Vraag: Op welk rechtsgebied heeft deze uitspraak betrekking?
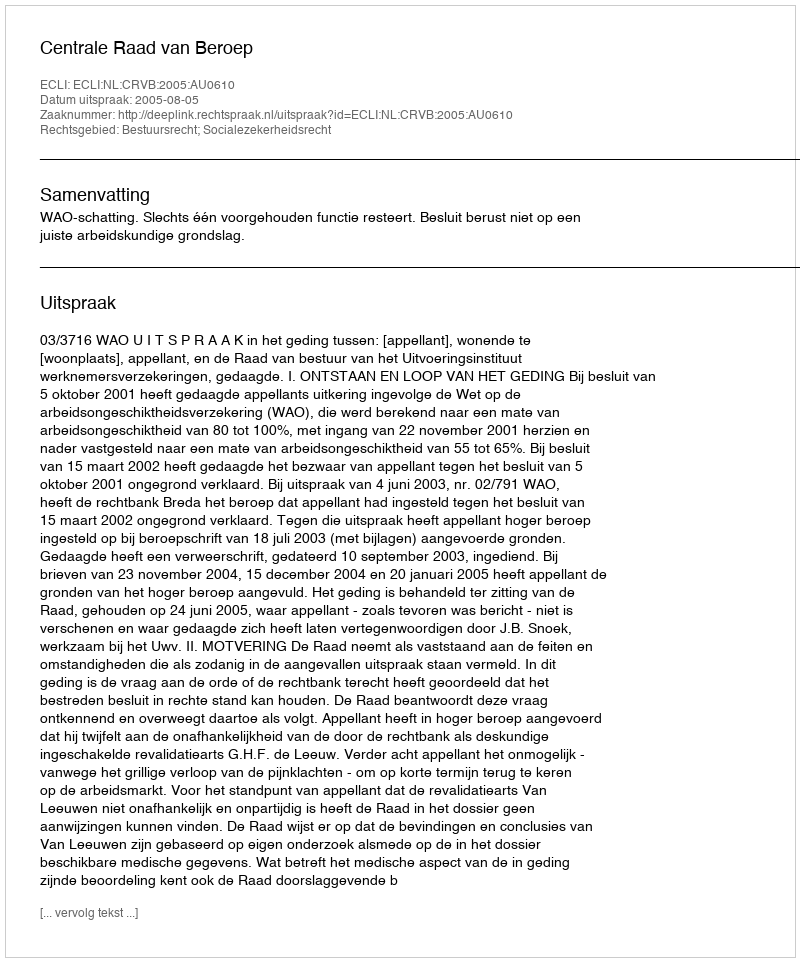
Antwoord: Bestuursrecht; Socialezekerheidsrecht